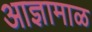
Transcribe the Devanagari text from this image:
आज्ञामाळ